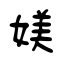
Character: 媄